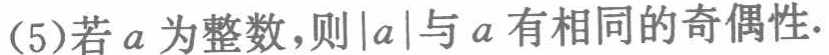
(5)若\(a\)为整数，则\(\vert a\vert\)与\(a\)有相同的奇偶性.